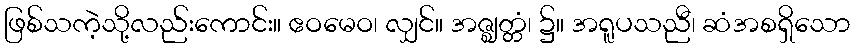
ဖြစ်သကဲ့သို့လည်းကောင်း။ ဧဝမေဝ၊ လျှင်။ အဇ္ဈတ္တံ၊ ၌။ အရူပသညီ၊ ဆံအစရှိသော